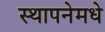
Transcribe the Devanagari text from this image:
स्थापनेमधे